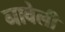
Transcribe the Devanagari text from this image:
नावेली